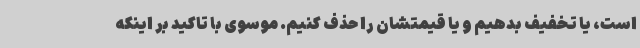
است، یا تخفیف بدهیم و یا قیمتشان را حذف کنیم. موسوی با تاکید بر اینکه